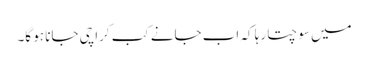
میں سوچتا رہا کہ اب جانے کب کراچی جانا ہو گا۔